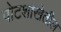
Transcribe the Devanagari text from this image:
पोटशाखेतील